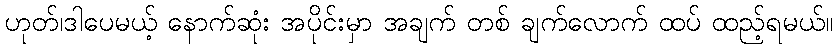
ဟုတ်၊ဒါပေမယ့် နောက်ဆုံး အပိုင်းမှာ အချက် တစ် ချက်လောက် ထပ် ထည့်ရမယ်။